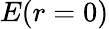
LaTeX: E(r=0)